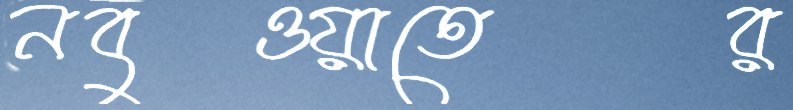
নবুওয়াতের